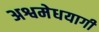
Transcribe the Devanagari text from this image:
अश्वमेधयागी